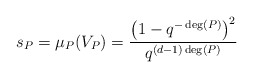
\begin{align*} s_P = \mu_P(V_P) = \frac{\left(1-q^{-\deg(P)}\right)^2}{q^{(d-1) \deg(P)}} \end{align*}